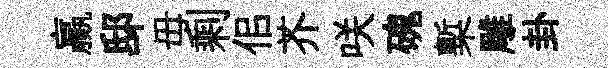
贏邸毋剩佀芥咲磈槧雕卦